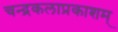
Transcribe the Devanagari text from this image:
चन्द्रकलाप्रकाशम्